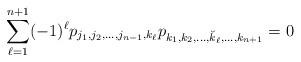
LaTeX: \begin{gather*}\sum_{\ell = 1}^{n+1} (-1)^\ell p_{j_1, j_2, \dots, j_{n-1}, k_{\ell}}p_{k_1, k_2,\dots, \breve{k}_\ell, \dots, k_{n+1}} = 0\end{gather*}